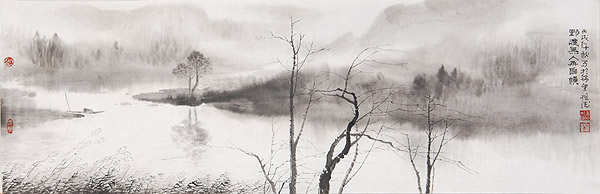
野渡舟横，杨柳绿阴浓。